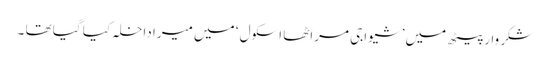
شکر وار پیٹھ میں ’ شیواجی مراٹھا اسکول ‘ میں میرا داخلہ کیا گیا تھا ۔